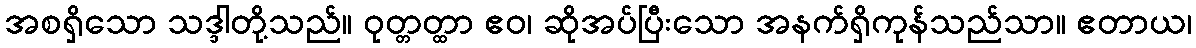
အစရှိသော သဒ္ဒါတို့သည်။ ဝုတ္တတ္ထာ ဧဝ၊ ဆိုအပ်ပြီးသော အနက်ရှိကုန်သည်သာ။ ဧတာယ၊